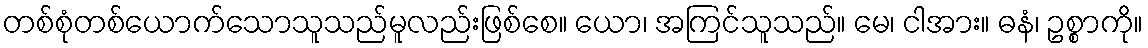
တစ်စုံတစ်ယောက်သောသူသည်မူလည်းဖြစ်စေ။ ယော၊ အကြင်သူသည်။ မေ၊ ငါအား။ ဓနံ၊ ဥစ္စာကို။